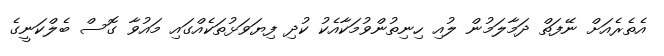
އެތެރެއަށް ނޭފަތް ދަމާލަމުން ލުއި ހިނިތުންވުމަކާއެކު ކުދި ފިޔަވަޅުތަކެއްގައި މައުވާ ގޮސް ބެލްކަނީގެ